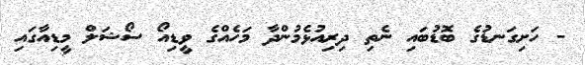
- ހަށިގަނޑުގެ ބޮޑުބައި ނެތި ދިރިއުޅެމުންދާ މަހެއްގެ ވީޑިއޯ ސޯޝަލް މީޑިއާގައި